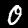
Digit: 0